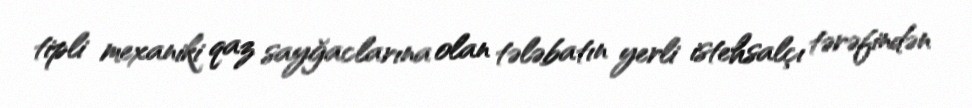
tipli mexaniki qaz sayğaclarına olan tələbatın yerli istehsalçı tərəfindən